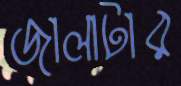
জালাটার